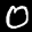
Label: 0